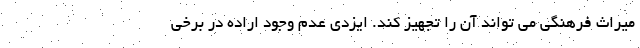
میراث فرهنگی می تواند آن را تجهیز کند. ایزدی عدم وجود اراده در برخی